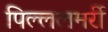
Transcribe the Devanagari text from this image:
पिल्ललमर्री